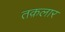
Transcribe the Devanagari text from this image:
तक़लार